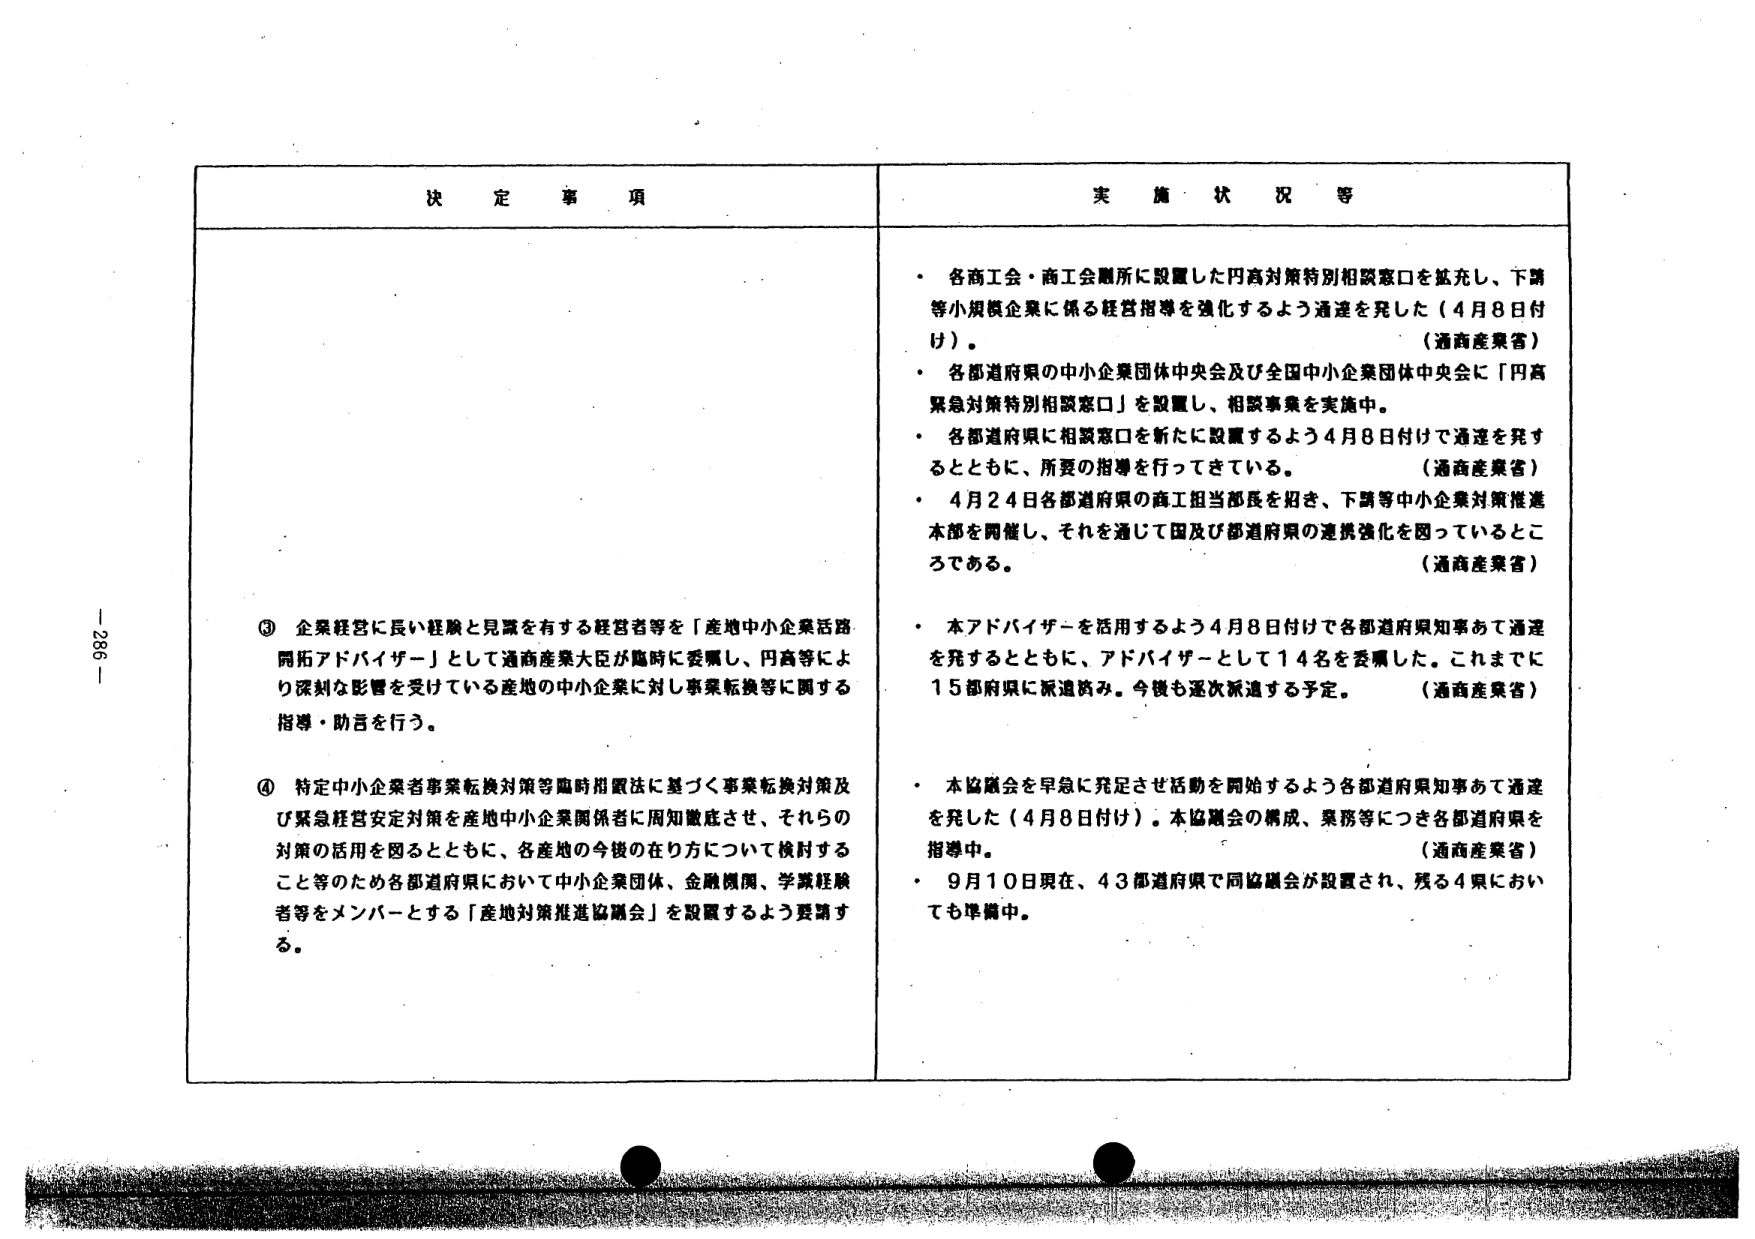
決 定 事 項

③ 企業経営に長い経験と見識を有する経営者等を「産地中小企業活路開拓アドバイザー」として通商産業大臣が臨時に委嘱し、円高等により深刻な影響を受けている産地の中小企業に対し事業転換等に関する指導・助言を行う。

④ 特定中小企業者事業転換対策等臨時措置法に基づく事業転換対策及び緊急経営安定対策を産地中小企業関係者に周知徹底させ、それらの対策の活用を図るとともに、各産地の今後の在り方について検討すること等のため各都道府県において中小企業団体、金融機関、学識経験者等をメンバーとする「産地対策推進協議会」を設置するよう要請する。

実 施 状 況 等

・ 各商工会・商工会議所に設置した円高対策特別相談窓口を拡充し、下請等小規模企業に係る経営指導を強化するよう通達を発した（4月8日付け）。
（通商産業省）

・ 各都道府県の中小企業団体中央会及び全国中小企業団体中央会に「円高緊急対策特別相談窓口」を設置し、相談事業を実施中。

・ 各都道府県に相談窓口を新たに設置するよう4月8日付けで通達を発するとともに、所要の指導を行ってきている。
（通商産業省）

・ 4月24日各都道府県の商工担当部長を招き、下請等中小企業対策推進本部を開催し、それを通じて国及び都道府県の連携強化を図っているところである。
（通商産業省）

・ 本アドバイザーを活用するよう4月8日付けで各都道府県知事あて通達を発するとともに、アドバイザーとして14名を委嘱した。これまでに15都府県に派遣済み。今後も逐次派遣する予定。
（通商産業省）

・ 本協議会を早急に発足させ活動を開始するよう各都道府県知事あて通達を発した（4月8日付け）。本協議会の構成、業務等につき各都道府県を指導中。
（通商産業省）

・ 9月10日現在、43都道府県で同協議会が設置され、残る4県においても準備中。

- 286 -